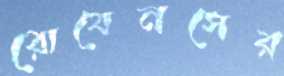
রোবেনসের